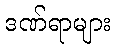
ဒဏ်ရာများ